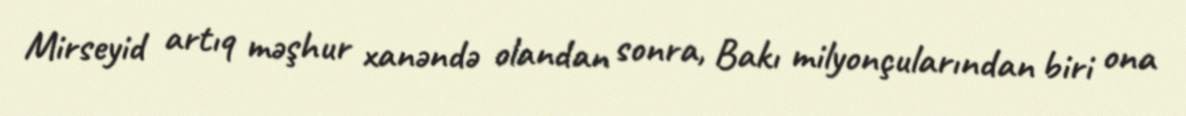
Mirseyid artıq məşhur xanəndə olandan sonra, Bakı milyonçularından biri ona